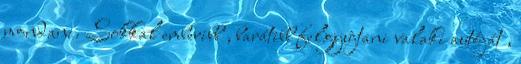
mondani. Sokkal emberibb , barátibb felgyújtani valaki autóját ,